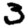
Digit: 3